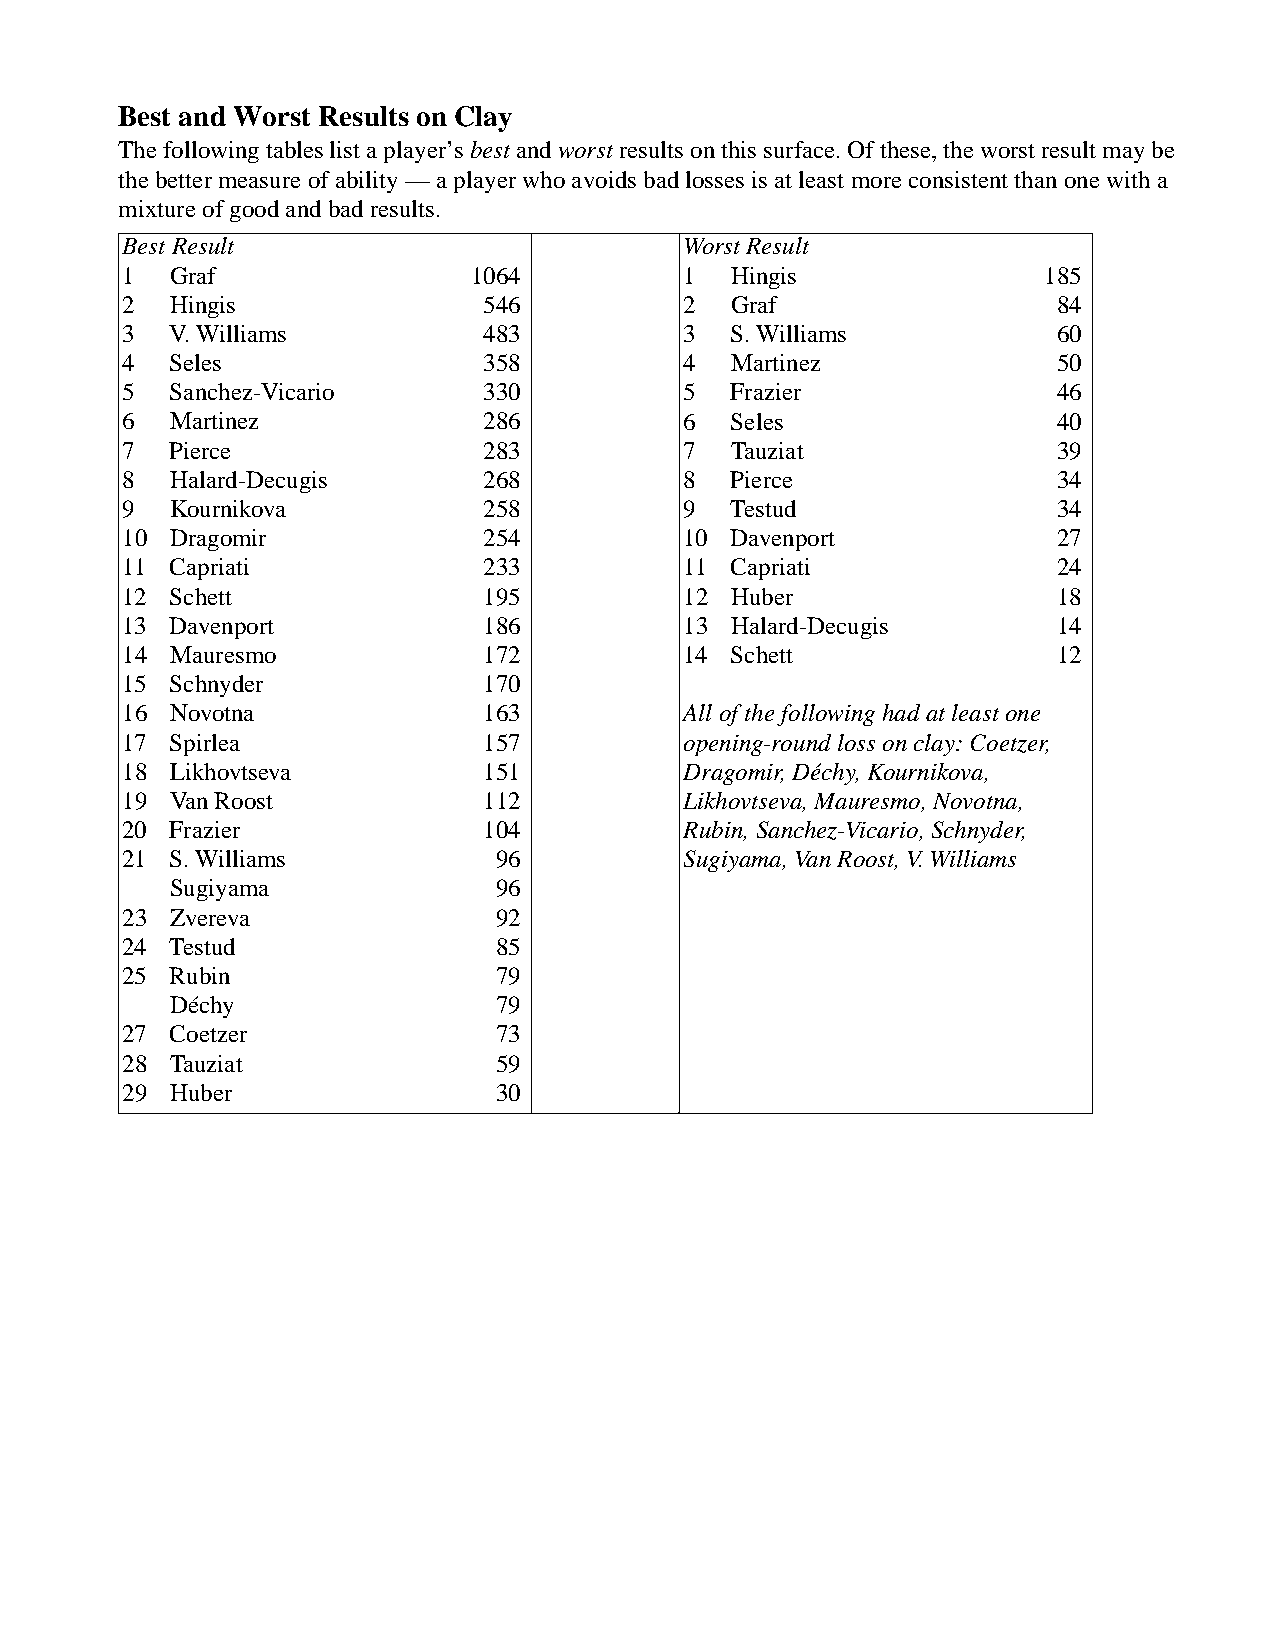
Best and Worst Results on Clay
 The following tables list a player’s best and worst results on this surface. Of these, the worst result may be
 the better measure of ability — a player who avoids bad losses is at least more consistent than one with a
 mixture of good and bad results.
 Best Result                          Worst Result
 1  Graf                1064          1  Hingis               185
 2  Hingis              546           2  Graf                 84
 3  V. Williams         483           3  S. Williams          60
 4  Seles               358           4  Martinez             50
 5  Sanchez-Vicario     330           5  Frazier              46
 6  Martinez            286           6  Seles                40
 7  Pierce              283           7  Tauziat              39
 8  Halard-Decugis      268           8  Pierce               34
 9  Kournikova          258           9  Testud               34
 10 Dragomir            254           10 Davenport            27
 11 Capriati            233           11 Capriati             24
 12 Schett              195           12 Huber                18
 13 Davenport           186           13 Halard-Decugis       14
 14 Mauresmo            172           14 Schett               12
 15 Schnyder            170
 16 Novotna             163           All of the following had at least one
 17 Spirlea             157           opening-round loss on clay: Coetzer,
 18 Likhovtseva         151           Dragomir, Déchy, Kournikova,
 19 Van Roost           112           Likhovtseva, Mauresmo, Novotna,
 20 Frazier             104           Rubin, Sanchez-Vicario, Schnyder,
 21 S. Williams          96           Sugiyama, Van Roost, V. Williams
 Sugiyama             96
 23 Zvereva              92
 24 Testud               85
 25 Rubin                79
 Déchy                79
 27 Coetzer              73
 28 Tauziat              59
 29 Huber                30